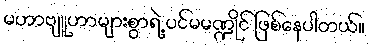
မဟာဗျူဟာများစွာရဲ့ ပင်မမဏ္ဍိုင် ဖြစ်နေပါတယ်။